65_HS1-834228961_62-HQ-83894_Serial_130
Agency: FBI
Page 29
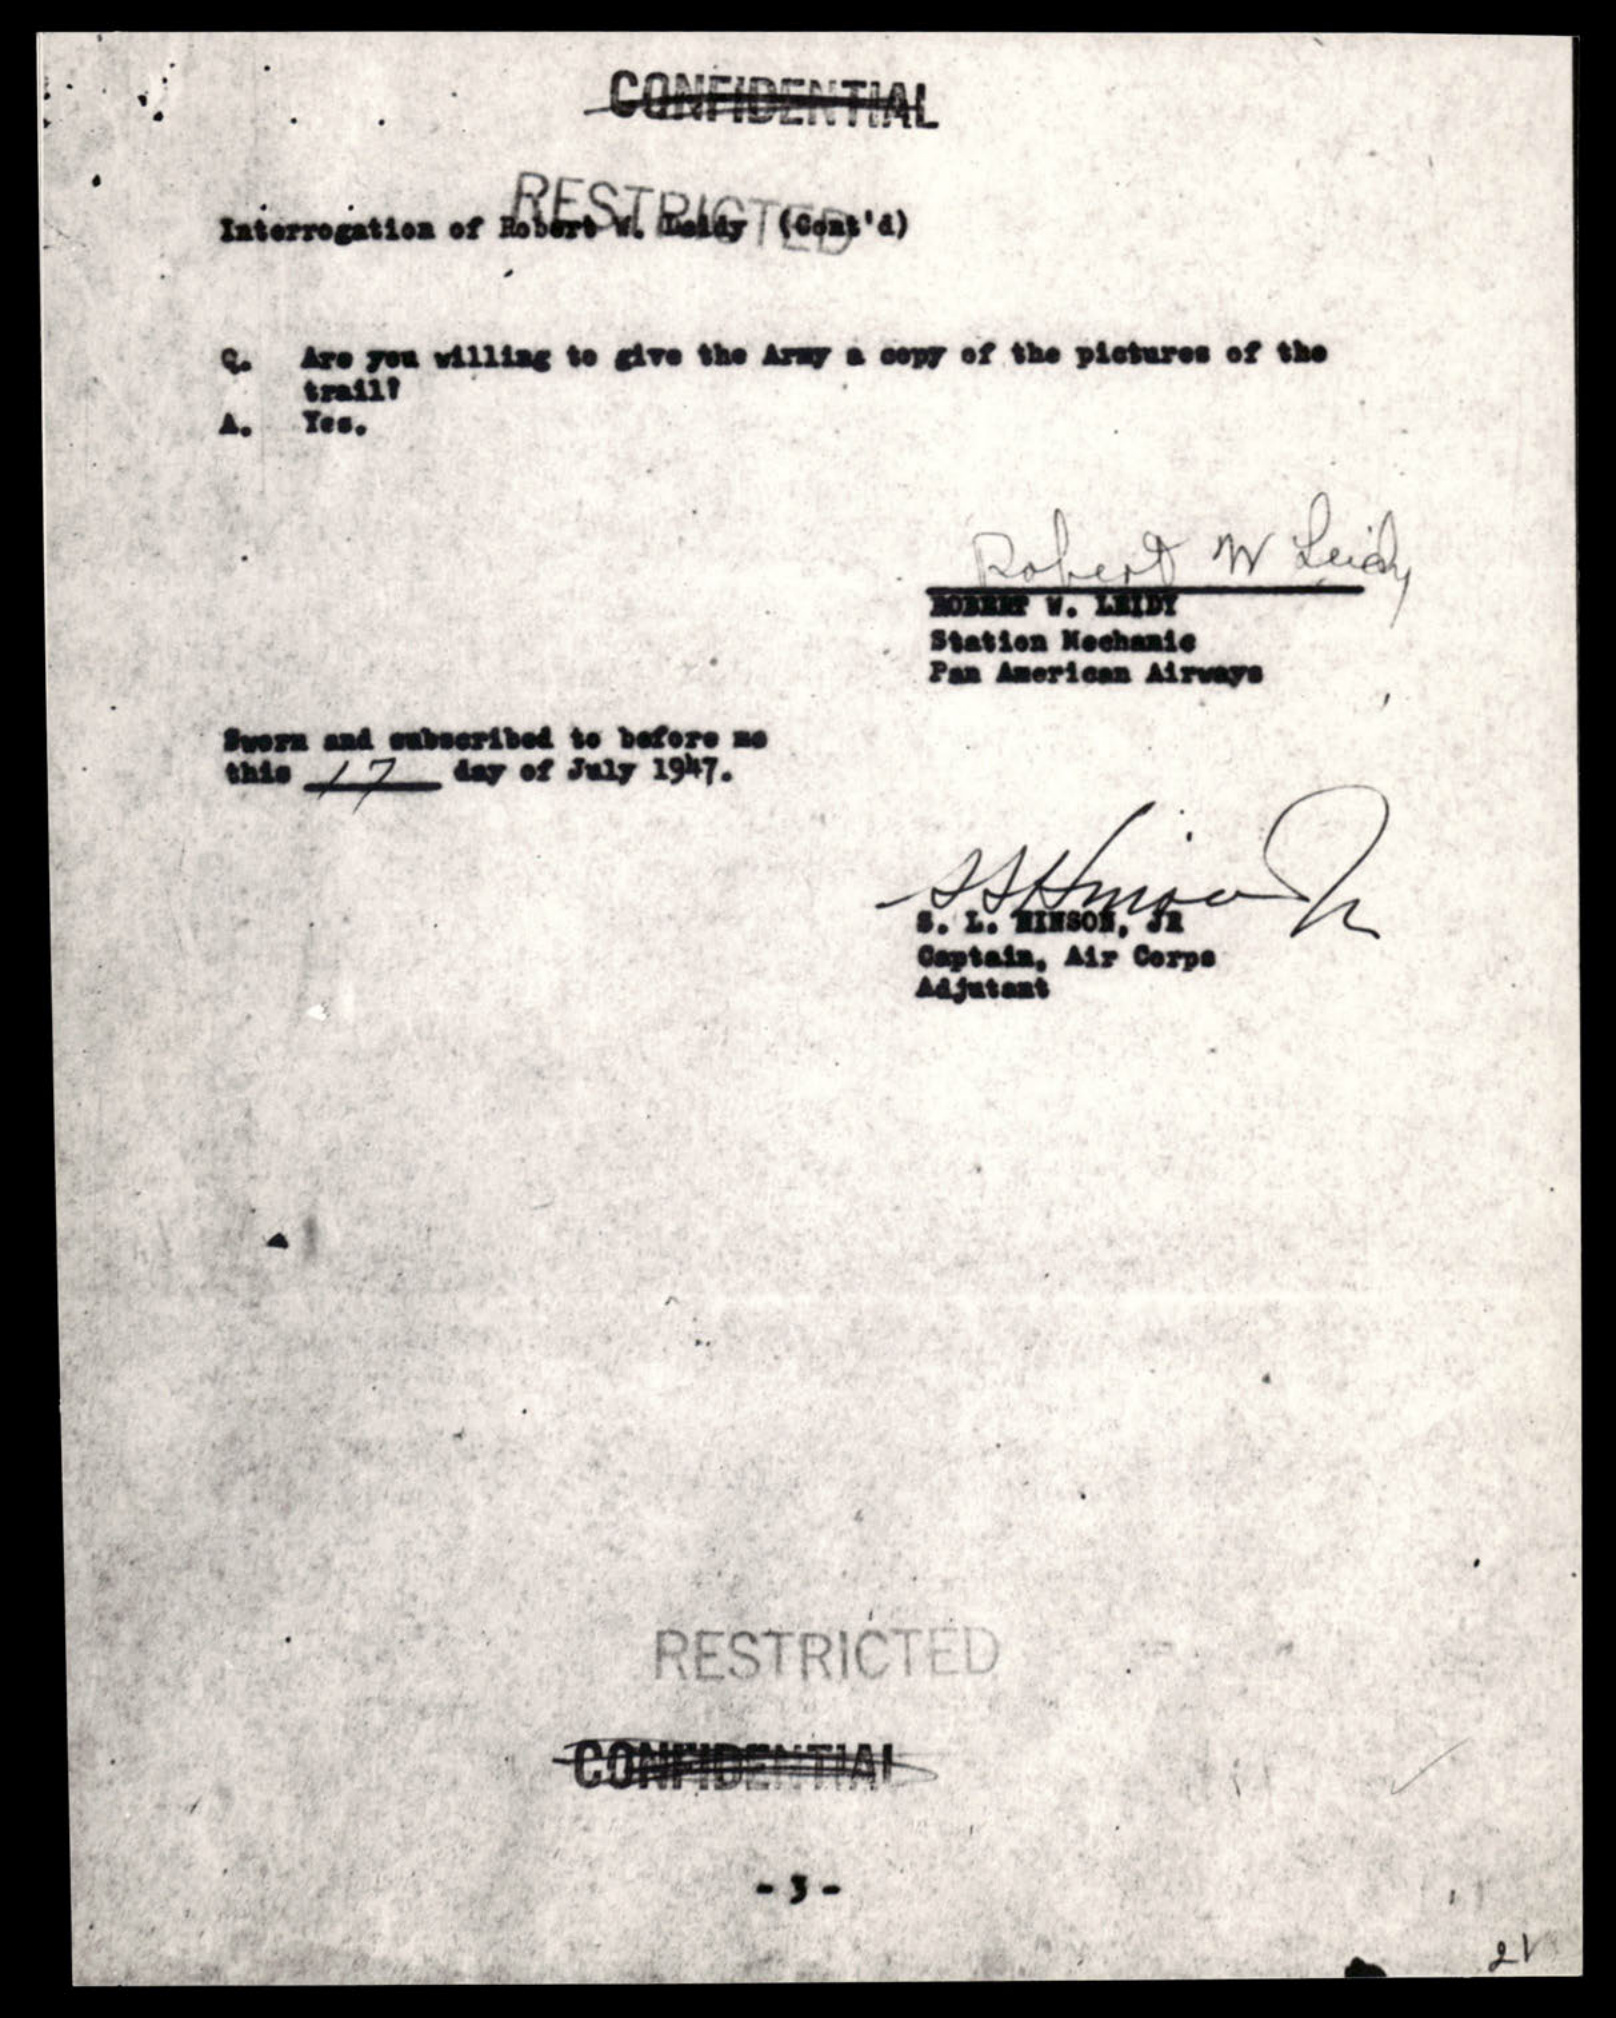